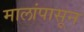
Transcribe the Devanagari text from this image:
मालांपासून